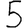
Digit: 5